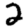
Digit: 2